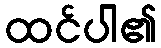
ထင်ပါ၏